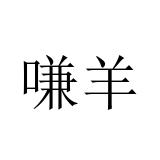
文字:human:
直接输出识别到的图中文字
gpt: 嗛羊